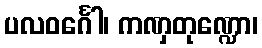
ပလဝင်္ဂေါ၊ ကဏှတုဏ္ဍော၊